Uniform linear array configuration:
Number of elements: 4
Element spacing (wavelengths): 0.5
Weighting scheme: exponential
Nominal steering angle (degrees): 30
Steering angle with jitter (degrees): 29.422
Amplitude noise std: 0.05
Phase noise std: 0.05

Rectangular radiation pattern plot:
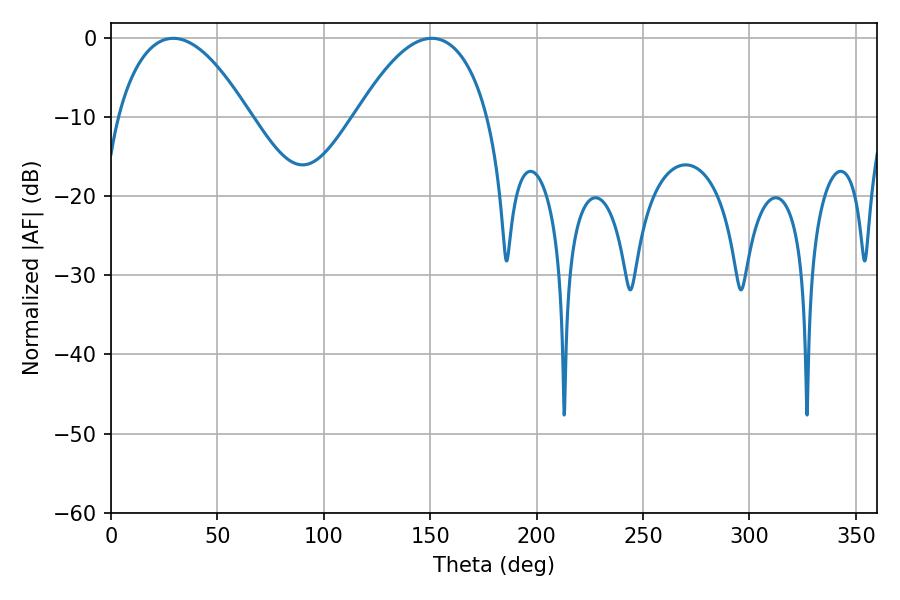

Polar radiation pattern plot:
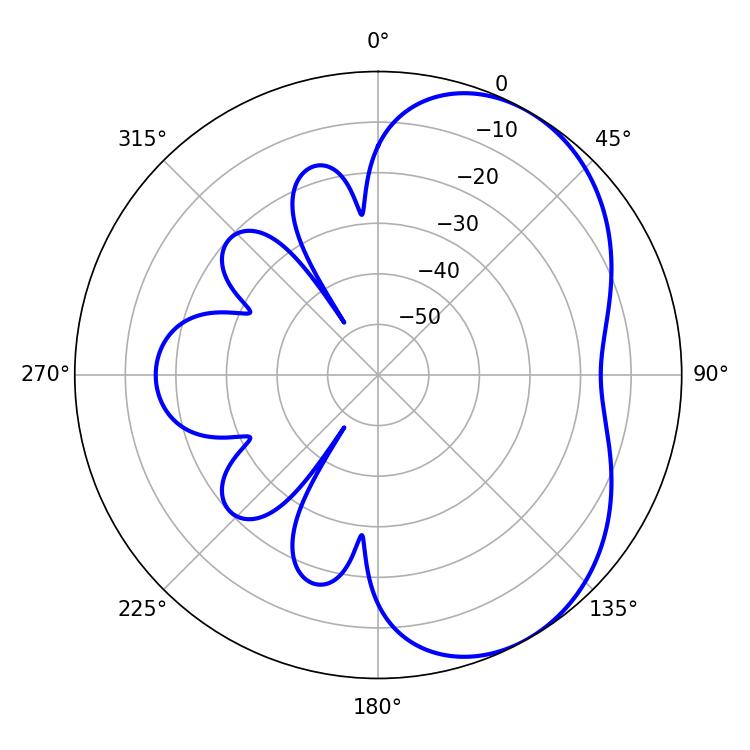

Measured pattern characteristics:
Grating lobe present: FALSE
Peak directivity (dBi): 4.779
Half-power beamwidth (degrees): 34.38
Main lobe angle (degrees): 29.34